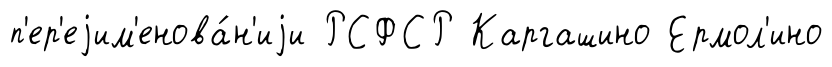
п'ер'еjим'енова́н'иjи РСФСР Каргашино Ермол'ино